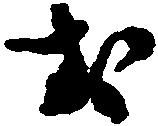
お